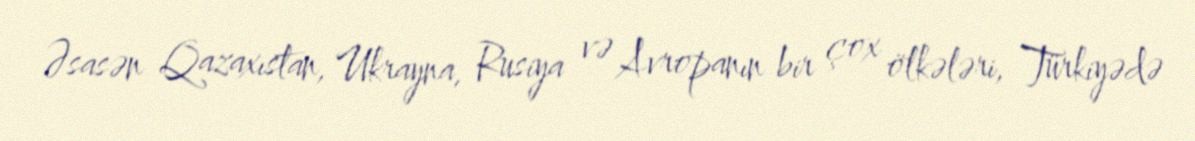
Əsasən Qazaxıstan, Ukrayna, Rusiya və Avropanın bir çox ölkələri, Türkiyədə